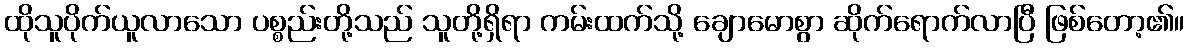
ထိုသူပိုက်ယူလာသော ပစ္စည်းတို့သည် သူတို့ရှိရာ ကမ်းထက်သို့ ချောမောစွာ ဆိုက်ရောက်လာပြီ ဖြစ်တော့၏။